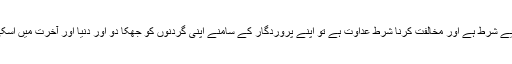
موافقت کرنا محبت کے لیے شرط ہے اور مخالفت کرنا شرطِ عداوت ہے تو اپنے پروردِگار کے سامنے اپنی گردنوں کو جھکا دو اور دنیا اور آخرت میں اسکی تدبیر پر راضی ہو جاؤ۔